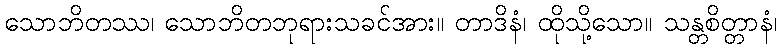
သောဘိတဿ၊ သောဘိတဘုရားသခင်အား။ တာဒိနံ၊ ထိုသို့သော။ သန္တစိတ္တာနံ၊